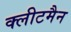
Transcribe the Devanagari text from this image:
क्लीटमैन